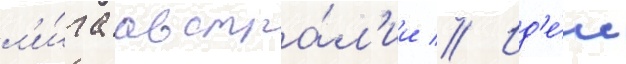
л'и́га австра́л'ии // Ид'е́и